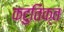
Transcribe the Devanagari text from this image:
कटुतिक्त